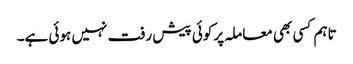
تاہم کسی بھی معاملہ پر کوئی پیش رفت نہیں ہوئی ہے۔